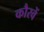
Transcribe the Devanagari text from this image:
कौरवें